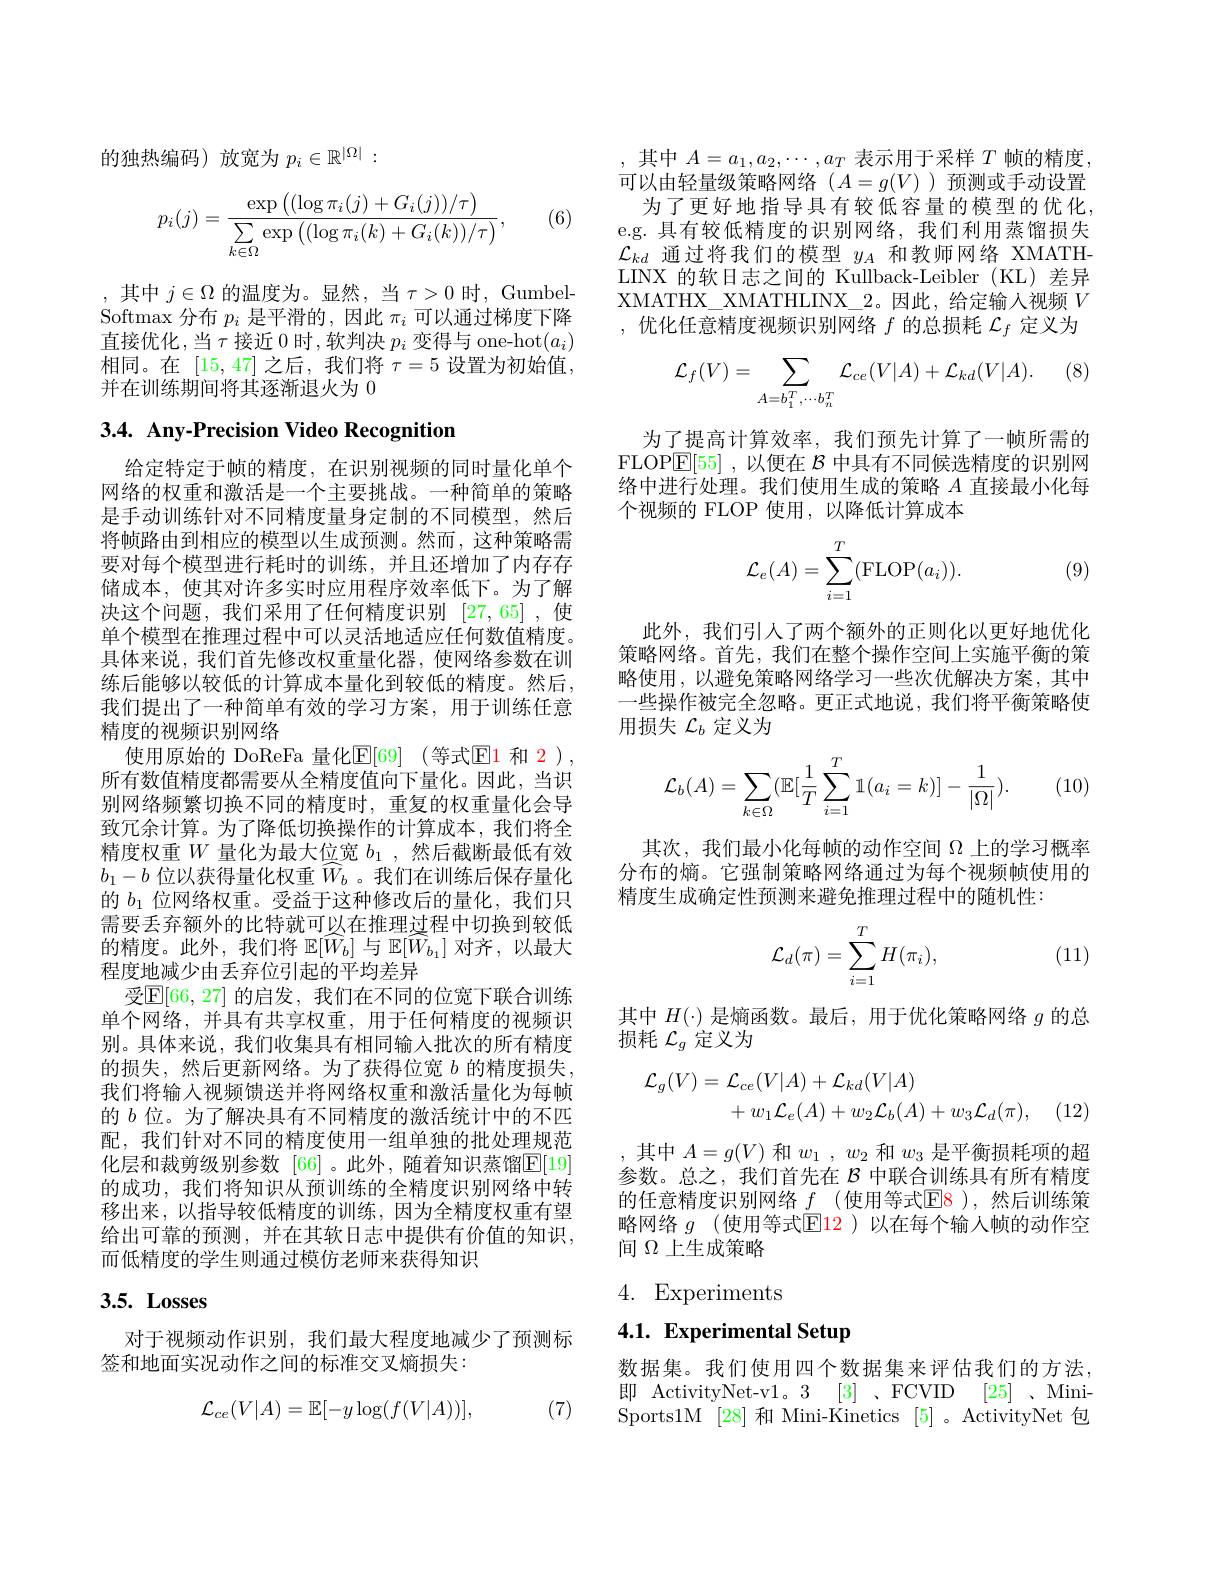
的独热编码)放宽为$p_i\in\mathbb{R}^{|\Omega|}:$
$$p_i(j)=\frac{\exp\left((\log\pi_i(j)+G_i(j))/\tau\right)}{\sum\limits_{k\in\Omega}\exp\left((\log\pi_i(k)+G_i(k))/\tau\right)},$$
(6)

,其中 $j\in\Omega$ 的温度为。显然，当 $\tau>0$ 时，GumbelSoftmax 分布$p_i$是平滑的，因此$\pi_i$可以通过梯度下降直接优化，当$\tau$接近 0 时，软判决 $p_i$ 变得与 one-hot$(a_i)$ 相同。在[15,47]之后，我们将$\tau=5$设置为初始值， 并在训练期间将其逐渐退火为 0

# 3.4. Any-Precision Video Recognition

给定特定于帧的精度，在识别视频的同时量化单个网络的权重和激活是一个主要挑战。一种简单的策略是手动训练针对不同精度量身定制的不同模型，然后将帧路由到相应的模型以生成预测。然而，这种策略需要对每个模型进行耗时的训练，并且还增加了内存存储成本，使其对许多实时应用程序效率低下。为了解决这个问题，我们采用了任何精度识别[27,65] ,使单个模型在推理过程中可以灵活地适应任何数值精度。具体来说，我们首先修改权重量化器，使网络参数在训练后能够以较低的计算成本量化到较低的精度。然后， 我们提出了一种简单有效的学习方案，用于训练任意精度的视频识别网络
使用原始的 DoReFa 量化$\mathbb{E} [ 69]$ (等式$\mathbb{E}\color{red}1$ 和 2), 所有数值精度都需要从全精度值向下量化。因此，当识别网络频繁切换不同的精度时，重复的权重量化会导致冗余计算。为了降低切换操作的计算成本，我们将全精度权重$W$量化为最大位宽$b_1$,然后截断最低有效$b_1-b$位以获得量化权重$\widehat{W}_b$ 。我们在训练后保存量化的$b_{1}$位网络权重。受益于这种修改后的量化，我们只需要丢弃额外的比特就可以在推理过程中切换到较低的精度。此外，我们将$\mathbb{E}[\widehat{W_b}]$与$\mathbb{E}[\widehat{W_{b_1}}]$对齐，以最大程度地减少由丢弃位引起的平均差异
受$\mathbb{E}[66,27]$ 的启发，我们在不同的位宽下联合训练单个网络，并具有共享权重，用于任何精度的视频识别。具体来说，我们收集具有相同输入批次的所有精度的损失，然后更新网络。为了获得位宽 $b$ 的精度损失， 我们将输入视频馈送并将网络权重和激活量化为每帧的$b$位。为了解决具有不同精度的激活统计中的不匹配，我们针对不同的精度使用一组单独的批处理规范化层和裁剪级别参数 [66] 。此外，随着知识蒸馏$\mathbb{E}[19]$ 的成功，我们将知识从预训练的全精度识别网络中转移出来，以指导较低精度的训练，因为全精度权重有望给出可靠的预测，并在其软日志中提供有价值的知识， 而低精度的学生则通过模仿老师来获得知识
$3. 5. \textbf{ Losses}$

对于视频动作识别，我们最大程度地减少了预测标
签和地面实况动作之间的标准交叉熵损失：
$$\mathcal{L}_{ce}(V|A)=\mathbb{E}[-y\log(f(V|A))],$$
(7)

,其中$A=a_1,a_2,\cdots,a_T$ 表示用于采样 $T$ 帧的精度， 可以由轻量级策略网络($A=g(V)$)预测或手动设置
为了更好地指导具有较低容量的模型的优化e.g. 具有较低精度的识别网络，我们利用蒸馏损失$\mathcal{L}_{kd}$通过将我们的模型$y_A$和教师网络 XMATHLINX 的软日志之间的 Kullback-Leibler (KL)差异XMATHX\_XMATHLINX\_2。因此，给定输人视频$V$ ,优化任意精度视频识别网络$f$的总损耗$\mathcal{L}_f$定义为

 (8)
$$\begin{aligned}\mathcal{L}_f(V)=\sum_{A=b_1^T,\cdots b_n^T}\mathcal{L}_{ce}(V|A)+\mathcal{L}_{kd}(V|A).\end{aligned}$$
为了提高计算效率，我们预先计算了一帧所需的FLOP$\underline {\mathrm{E} }[ 55]$ ,以便在 $\mathcal{B}$ 中具有不同候选精度的识别网络中进行处理。我们使用生成的策略$A$直接最小化每个视频的 FLOP 使用，以降低计算成本
$$\mathcal{L}_e(A)=\sum_{i=1}^T(\mathrm{FLOP}(a_i)).$$
(9)

此外，我们引人了两个额外的正则化以更好地优化策略网络。首先，我们在整个操作空间上实施平衡的策略使用，以避免策略网络学习一些次优解决方案，其中一些操作被完全忽略。更正式地说，我们将平衡策略使用损失$\mathcal{L}_b$定义为
$$\begin{aligned}\mathcal{L}_b(A)=\sum_{k\in\Omega}(\mathbb{E}[\frac{1}{T}\sum_{i=1}^{T}\mathbb{1}(a_i=k)]-\frac{1}{|\Omega|}).\end{aligned}$$
(10)

其次，我们最小化每帧的动作空间$\Omega$上的学习概率分布的熵。它强制策略网络通过为每个视频帧使用的精度生成确定性预测来避免推理过程中的随机性：
$$\mathcal{L}_d(\pi)=\sum_{i=1}^TH(\pi_i),$$
(11)

其中$H(\cdot)$是熵函数。最后，用于优化策略网络$g$的总
损耗$\mathcal{L}_g$定义为
$$\begin{aligned}\mathcal{L}_{g}(V)&=\mathcal{L}_{ce}(V|A)+\mathcal{L}_{kd}(V|A)\\&+w_{1}\mathcal{L}_{e}(A)+w_{2}\mathcal{L}_{b}(A)+w_{3}\mathcal{L}_{d}(\pi),\end{aligned}$$
,其中$A=g(V)$ 和$w_1,w_2$ 和$w_3$ 是平衡损耗项的超参数。总之，我们首先在$\mathcal{B}$中联合训练具有所有精度的任意精度识别网络$f$ (使用等式E8 ),然后训练策略网络 $g$ (使用等式$\boxed{\mathrm{E}}\color{red}{12}$ )以在每个输入帧的动作空间$\Omega$上生成策略

4. Experiments

4.1. Experimental Setup

数据集。我们使用四个数据集来评估我们的方法， 即 ActivityNet-v1。3 [3] ,FCVID [25] ,MiniSports1M [28]和 Mini-Kinetics [5]。ActivityNet 包